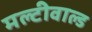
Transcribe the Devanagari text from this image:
मल्टीवाल्ड